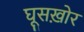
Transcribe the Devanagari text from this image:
घूसख़ोर